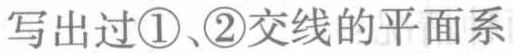
写出过\textcircled{1}、\textcircled{2}交线的平面系